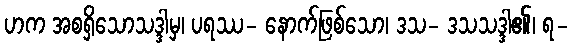
ဟက အစရှိသောသဒ္ဒါမှ၊ ပရဿ- နောက်ဖြစ်သော၊ ဒသ- ဒသသဒ္ဒါ၏၊ ရ-